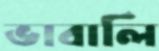
ভাবালি